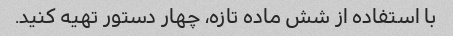
با استفاده از شش ماده تازه، چهار دستور تهیه کنید.